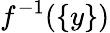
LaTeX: f^{-1}(\{ y\} )